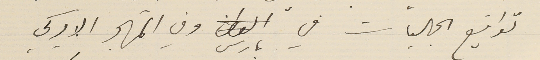
تواقيع الجاليات في باريس وفي المهجر الاميركي